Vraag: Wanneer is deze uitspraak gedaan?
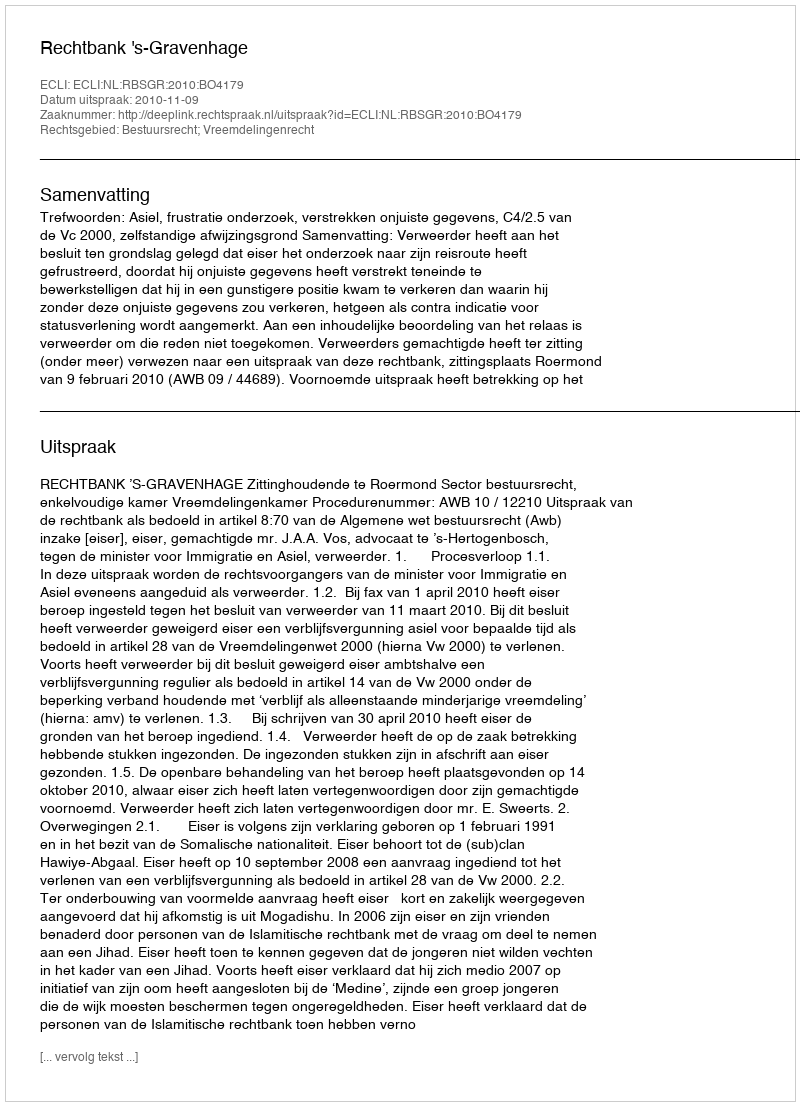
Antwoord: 2010-11-09